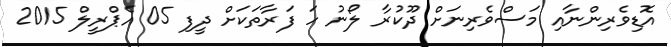
އޮޑިވެރިންނާއި މަސްވެރިނަށް ދޫކުރާ ލޯނު ހަ ފަރާތަކަށް ދީފި 05 އެޕްރީލް 2015